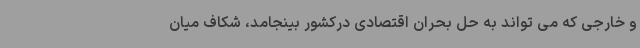
و خارجی که می تواند به حل بحران اقتصادی درکشور بینجامد، شکاف میان